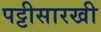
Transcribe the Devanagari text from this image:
पट्टीसारखी